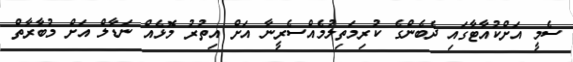
ސެމީ އަށްކުއާޓާގައި ދެބެންގެ ކުރިމަތިލުމެއްސެރީނާ އަށް އިތުރު މޮޅެއް ނަޑާލް އަށް މުބާރާތް